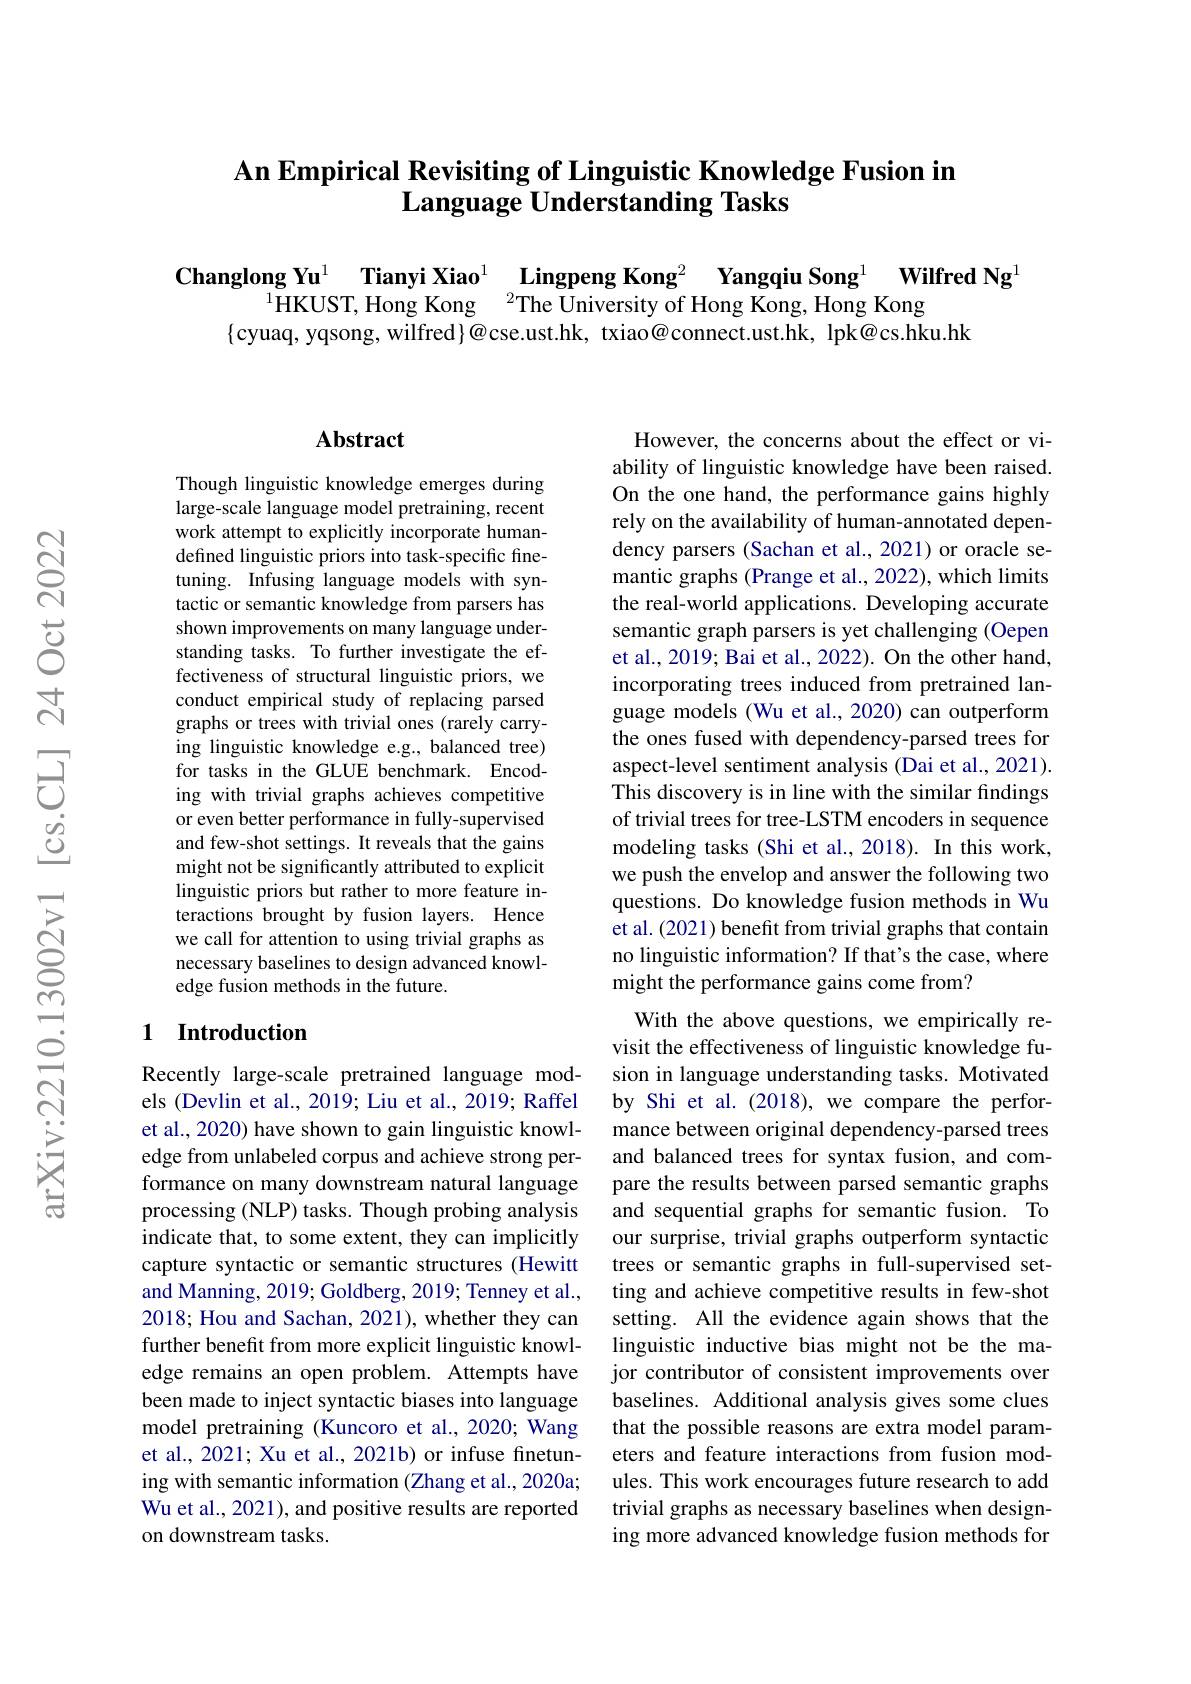
## An Empirical Revisiting of Linguistic Knowledge Fusion in $\textbf{Language Understanding Tasks}$

$\textbf{Changlong Yu}^{1}\textbf{ Tianyi Xiao}^{1}\textbf{ Lingpeng Kong}^{2}\textbf{ Yangqiu Song}^{1}\textbf{ Wilfred Ng}^{1}$
$\{$cyuaq, yqsong, wilfred$\}@$cse.ust.hk, txiao@connect.ust.hk, lpk@cs.hku.hk

## $\mathbf{Abstract}$

Though linguistic knowledge emerges during large-scale language model pretraining, recent work attempt to explicitly incorporate humandefined linguistic priors into task-specific finetuning. Infusing language models with syntactic or semantic knowledge from parsers has shown improvements on many language understanding tasks. To further investigate the effectiveness of structural linguistic priors, we conduct empirical study of replacing parsed graphs or trees with trivial ones (rarely carrying linguistic knowledge e.g., balanced tree) for tasks in the GLUE benchmark. Encoding with trivial graphs achieves competitive or even better performance in fully-supervised and few-shot settings. It reveals that the gains might not be significantly attributed to explicit linguistic priors but rather to more feature interactions brought by fusion layers. Hence we call for attention to using trivial graphs as necessary baselines to design advanced knowledge fusion methods in the future.

## 1 Introduction

Recently large-scale pretrained language models (Devlin et al., 2019; Liu et al., 2019; Raffel et al., 2020) have shown to gain linguistic knowledge from unlabeled corpus and achieve strong performance on many downstream natural language processing (NLP) tasks. Though probing analysis indicate that, to some extent, they can implicitly capture syntactic or semantic structures (Hewitt and Manning, 2019; Goldberg, 2019; Tenney et al., 2018; Hou and Sachan, 2021), whether they can further benefit from more explicit linguistic knowledge remains an open problem. Attempts have been made to inject syntactic biases into language model pretraining (Kuncoro et al., 2020; Wang et al., 2021; Xu et al., 2021b) or infuse finetuning with semantic information (Zhang et al., 2020a; Wu et al., 2021), and positive results are reported on downstream tasks.

However, the concerns about the effect or viability of linguistic knowledge have been raised. On the one hand, the performance gains highly rely on the availability of human-annotated dependency parsers (Sachan et al., 2021) or oracle semantic graphs (Prange et al., 2022), which limits the real-world applications. Developing accurate semantic graph parsers is yet challenging (Oepen et al., 2019; Bai et al., 2022). On the other hand, incorporating trees induced from pretrained language models (Wu et al., 2020) can outperform the ones fused with dependency-parsed trees for aspect-level sentiment analysis (Dai et al., 2021). This discovery is in line with the similar findings of trivial trees for tree-LSTM encoders in sequence modeling tasks (Shi et al., 2018). In this work, we push the envelop and answer the following two questions. Do knowledge fusion methods in Wu et al. (2021) benefit from trivial graphs that contain no linguistic information? If that's the case, where might the performance gains come from?
With the above questions, we empirically re-

visit the effectiveness of linguistic knowledge fusion in language understanding tasks. Motivated by Shi et al.(2018), we compare the performance between original dependency-parsed trees and balanced trees for syntax fusion, and compare the results between parsed semantic graphs and sequential graphs for semantic fusion. To our surprise, trivial graphs outperform syntactic trees or semantic graphs in full-supervised setting and achieve competitive results in few-shot setting. All the evidence again shows that the linguistic inductive bias might not be the major contributor of consistent improvements over baselines. Additional analysis gives some clues that the possible reasons are extra model parameters and feature interactions from fusion modules. This work encourages future research to add trivial graphs as necessary baselines when designing more advanced knowledge fusion methods for